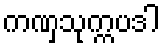
ကဏှသုက္ကပဒါ